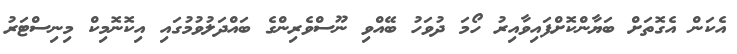
އެކަން އެގޮތަށް ބަޔާންކޮށްފައިވާއިރު ހޯމަ ދުވަހު ބޭއްވި ނޫސްވެރިންގެ ބައްދަލުވުމުގައި އިކޮނޮމިކް މިނިސްޓަރު